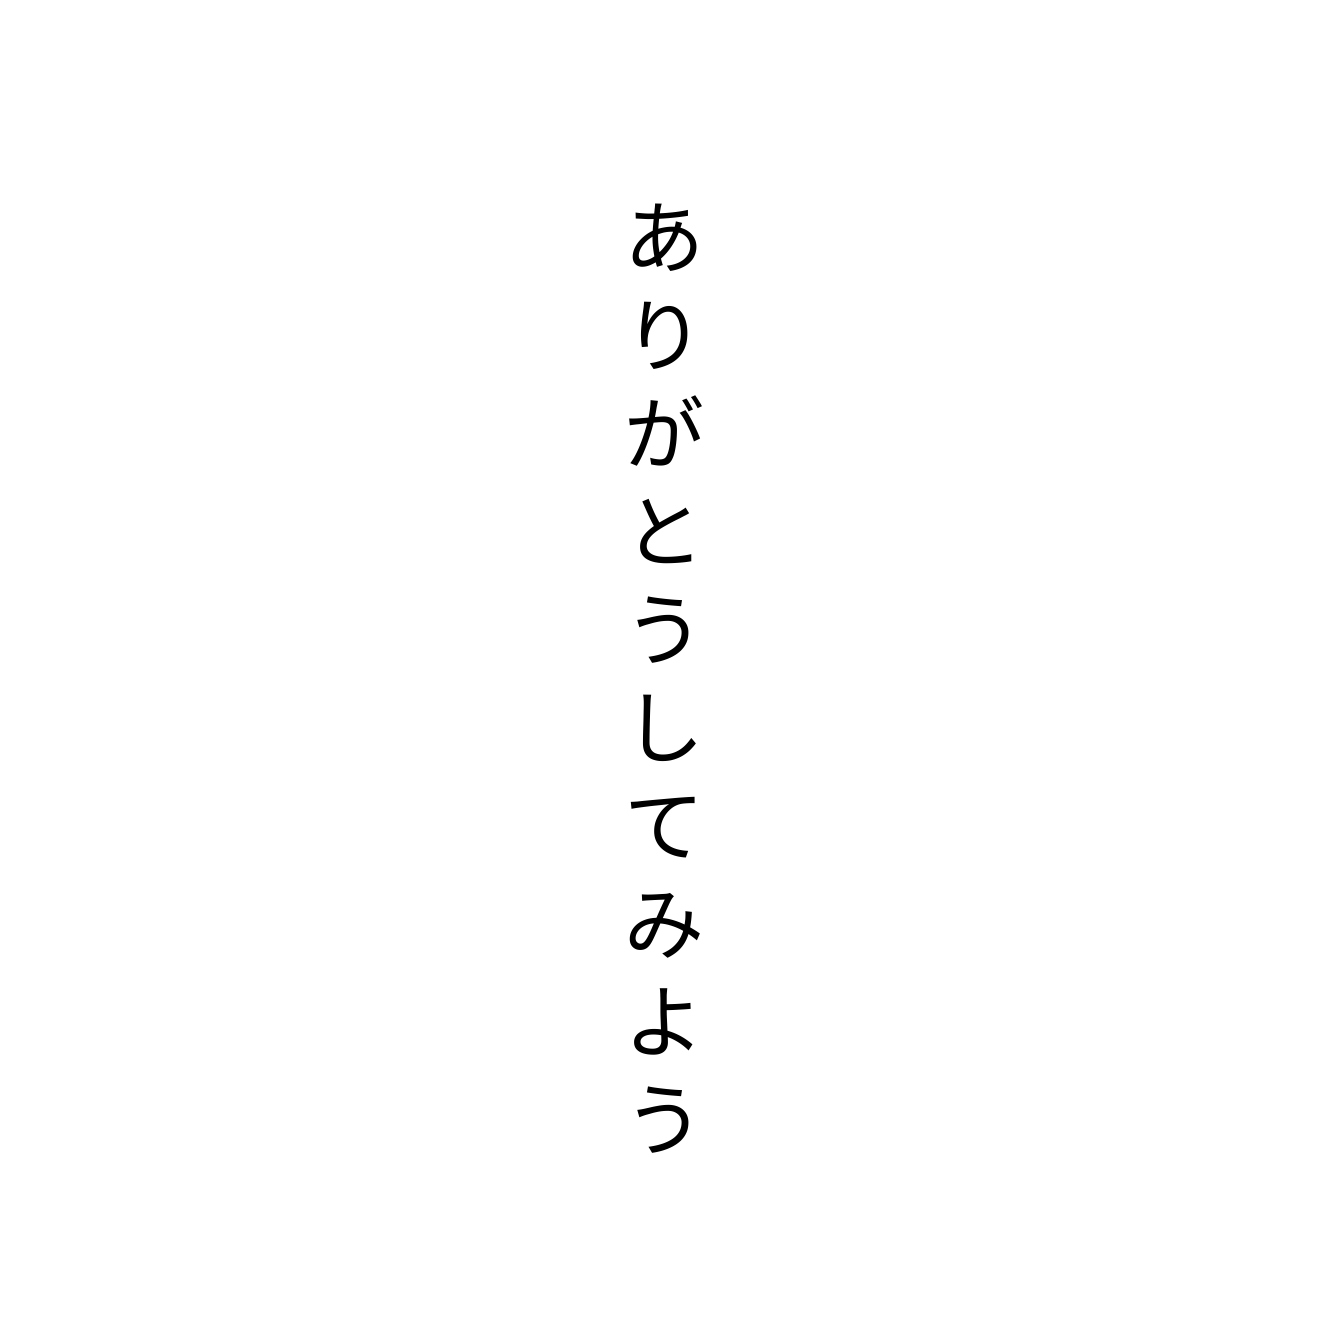
ありがとうしてみよう